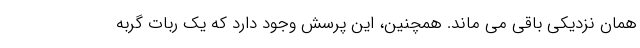
همان نزدیکی باقی می ماند. همچنین، این پرسش وجود دارد که یک ربات گربه